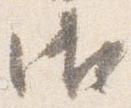
御